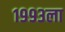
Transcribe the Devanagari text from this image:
१९९३ला